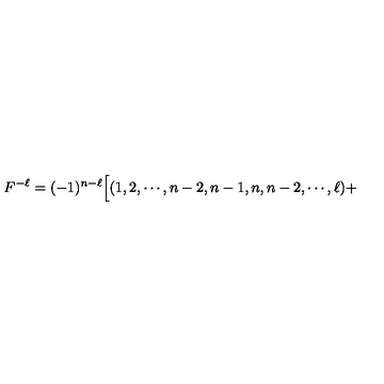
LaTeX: F ^ { - \ell } = ( - 1 ) ^ { n - \ell } \Bigl [ ( 1 , 2 , \cdots , n - 2 , n - 1 , n , n - 2 , \cdots , \ell ) +